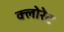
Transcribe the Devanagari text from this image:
क्‍लोरेट